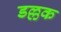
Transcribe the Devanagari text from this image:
डल्लक